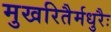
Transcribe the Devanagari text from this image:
मुखरितैर्मधुरैः